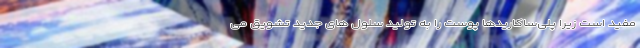
مفید است زیرا پلی‌ساکاریدها پوست را به تولید سلول های جدید تشویق می